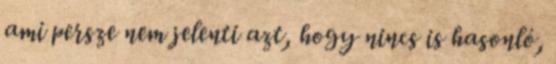
ami persze nem jelenti azt, hogy nincs is hasonló,